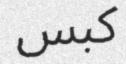
كبس